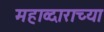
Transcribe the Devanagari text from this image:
महाव्दाराच्या